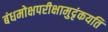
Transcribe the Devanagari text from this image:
बंधमोक्षपरीक्षामुदृंकयति